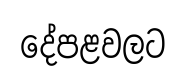
දේපළවලට